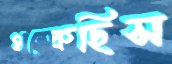
থম্‌কেছিস